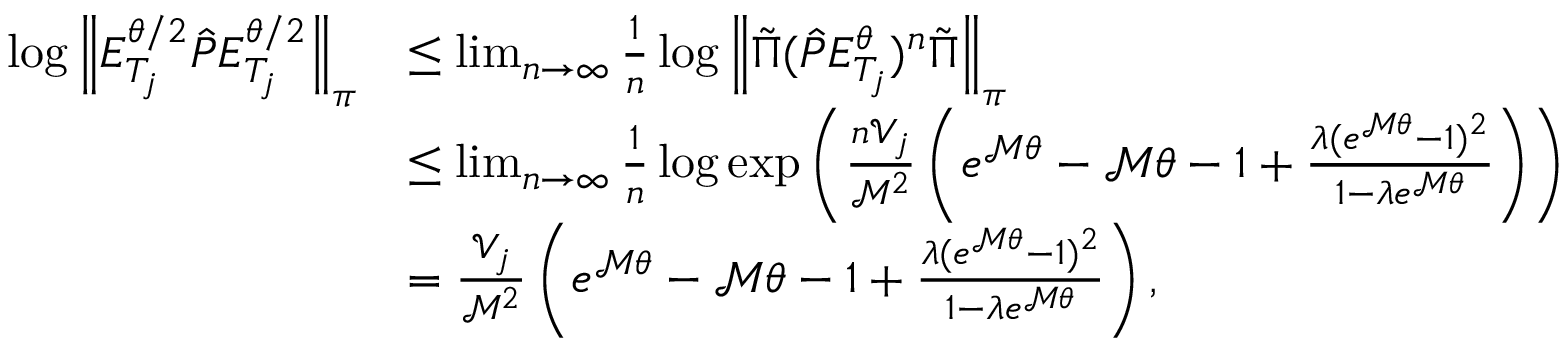
\begin{array} { r l } { \log \left\lVert E _ { T _ { j } } ^ { \theta / 2 } \hat { P } E _ { T _ { j } } ^ { \theta / 2 } \right\rVert _ { \boldsymbol \pi } } & { \leq \operatorname* { l i m } _ { n \to \infty } \frac { 1 } { n } \log \left\lVert \tilde { \Pi } ( \hat { P } E _ { T _ { j } } ^ { \theta } ) ^ { n } \tilde { \Pi } \right\rVert _ { \boldsymbol \pi } } \\ & { \leq \operatorname* { l i m } _ { n \to \infty } \frac { 1 } { n } \log \exp \left( \frac { n \mathcal { V } _ { j } } { \mathcal { M } ^ { 2 } } \left( e ^ { \mathcal { M } \theta } - \mathcal { M } \theta - 1 + \frac { \lambda ( e ^ { \mathcal { M } \theta } - 1 ) ^ { 2 } } { 1 - \lambda e ^ { \mathcal { M } \theta } } \right) \right) } \\ & { = \frac { \mathcal { V } _ { j } } { \mathcal { M } ^ { 2 } } \left( e ^ { \mathcal { M } \theta } - \mathcal { M } \theta - 1 + \frac { \lambda ( e ^ { \mathcal { M } \theta } - 1 ) ^ { 2 } } { 1 - \lambda e ^ { \mathcal { M } \theta } } \right) , } \end{array}